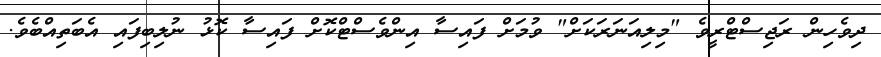
ދިވެހިން ރަޖިސްޓްރީވެ "މިލިއަނަރަކަށް" ވުމަށް ފައިސާ އިންވެސްޓްކޮށް ފައިސާ ކޮޅު ނުލިބިފައި އެބަތިއްބެވެ.